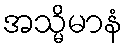
အသ္မိမာနံ